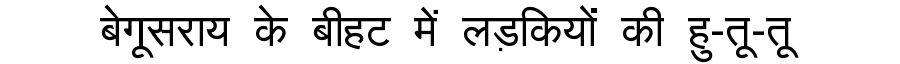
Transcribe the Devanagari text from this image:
बेगूसराय के बीहट में लड़कियों की हु-तू-तू